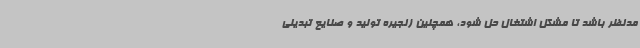
مدنظر باشد تا مشکل اشتغال حل شود، همچنین زنجیره تولید و صنایع تبدیلی